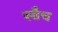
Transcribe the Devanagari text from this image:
स्वैच